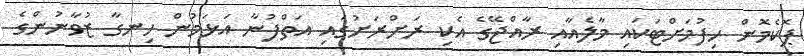
ޕޮކެމޮން ހިފުމަށްޓަކައި މާލެއާއި ރާއްޖޭގެ އެކި ރަށްރަށުގައި އަތްފުނާ އަޅަމުން ހިނގާ ޒުވާނުންގެ